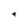
Character: e